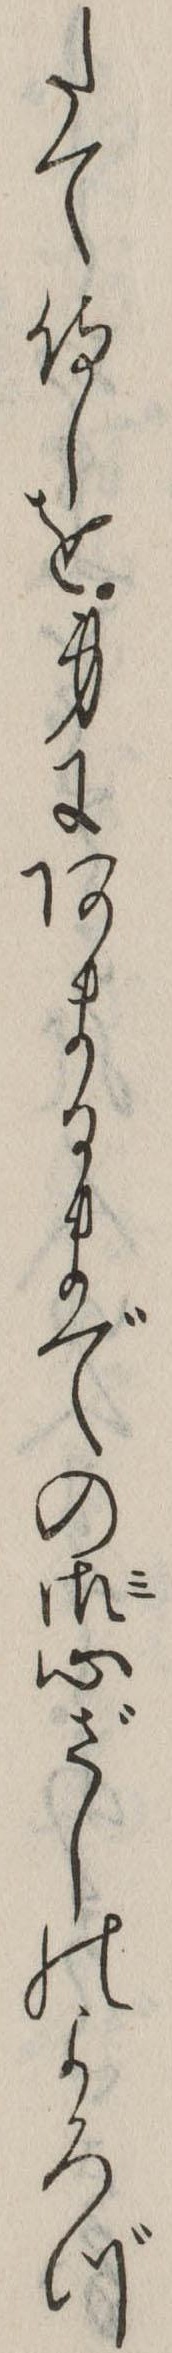
たて侍しを身にあまるまでの御心ざしのよろづ